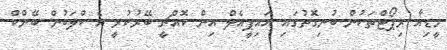
މީޑިއާ ރިޕޯޓްތަކުން ބުނިގޮތުގައި އައިޕީއެލް އިން ކޮއްޗީ ބޭރުކުރީ އެ ކްލަބުން ބޭންކް